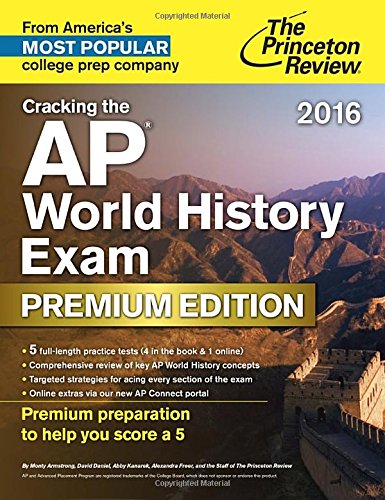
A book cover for Cracking the AP World History Exam 2016, Premium Edition (College Test Preparation); Princeton Review; Test Preparation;